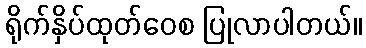
ရိုက်နှိပ်ထုတ်ဝေစ ပြုလာပါတယ်။